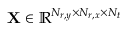
\mathbf { X } \in \mathbb { R } ^ { N _ { r , y } \times N _ { r , x } \times N _ { t } }